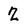
Character: 2